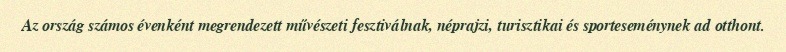
Az ország számos évenként megrendezett művészeti fesztiválnak, néprajzi, turisztikai és sporteseménynek ad otthont.